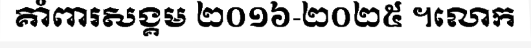
គាំពារសង្គម ២០១៦-២០២៥ ។លោក